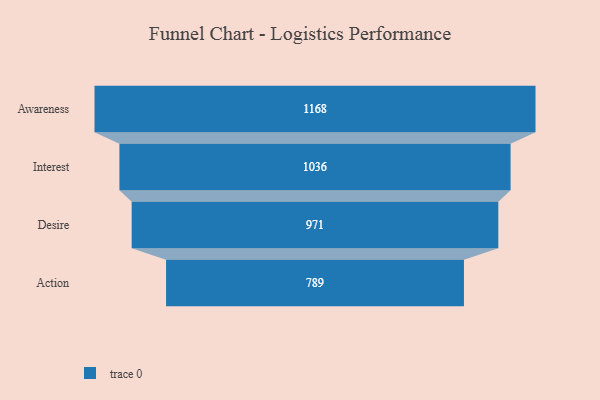
{"axis": {"x": "Stage", "y": "Value"}, "legend": [""], "data": [{"x": "Awareness", "y": 1168.0, "type": ""}, {"x": "Interest", "y": 1036.0, "type": ""}, {"x": "Desire", "y": 971.0, "type": ""}, {"x": "Action", "y": 789.0, "type": ""}]}